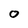
Character: 0